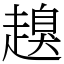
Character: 𧽒